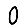
Digit: 0